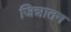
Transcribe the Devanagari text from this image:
जिन्नातन